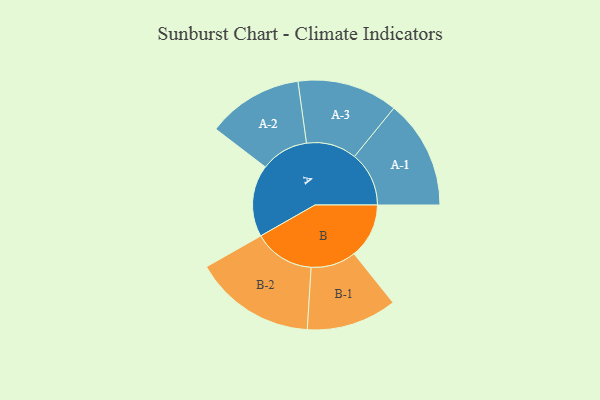
{"axis": {"x": "Segment", "y": "Value"}, "legend": ["", "A", "B"], "data": [{"x": "A", "y": 294, "type": ""}, {"x": "B", "y": 225, "type": ""}, {"x": "A-1", "y": 223, "type": "A"}, {"x": "A-2", "y": 196, "type": "A"}, {"x": "A-3", "y": 206, "type": "A"}, {"x": "B-1", "y": 185, "type": "B"}, {"x": "B-2", "y": 249, "type": "B"}]}